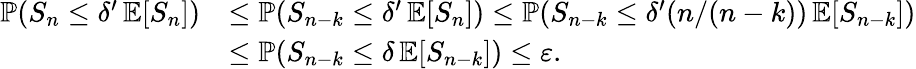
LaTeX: \begin{array}{rl}{\operatorname{\mathbb{P}}(S_{n}\leq\delta^{\prime}\operatorname{\mathbb{E}}[S_{n}])}&{\leq\operatorname{\mathbb{P}}(S_{n-k}\leq\delta^{\prime}\operatorname{\mathbb{E}}[S_{n}])\leq\operatorname{\mathbb{P}}(S_{n-k}\leq\delta^{\prime}(n/(n-k))\operatorname{\mathbb{E}}[S_{n-k}])}\\ &{\leq\operatorname{\mathbb{P}}(S_{n-k}\leq\delta\operatorname{\mathbb{E}}[S_{n-k}])\leq\varepsilon.}\end{array}